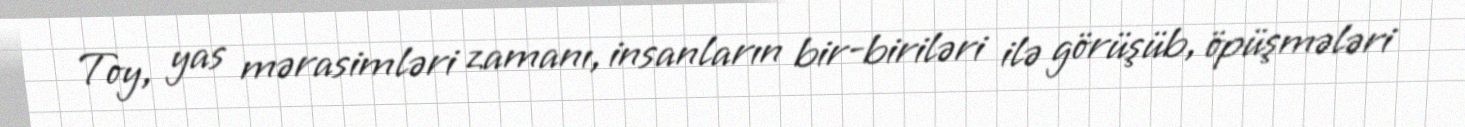
Toy, yas mərasimləri zamanı, insanların bir-biriləri ilə görüşüb, öpüşmələri